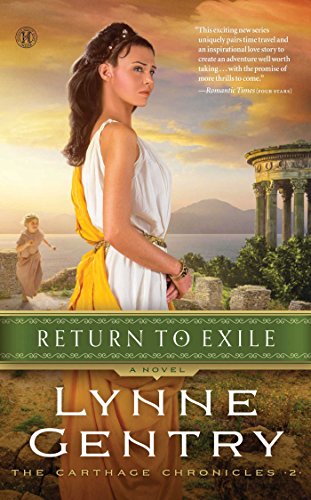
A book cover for Return to Exile (Carthage Chronicles); Lynne Gentry; Romance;